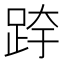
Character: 𰸉